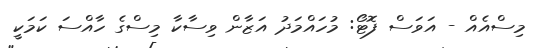
މިސްއެއް - އަވަސް ފޮޓޯ: މުހައްމަދު އަޒާން ވިސާކާ މިސްގެ ހާއްސަ ކަމަކީ